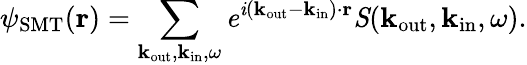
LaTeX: \psi_{\mathrm{SMT}}(\mathbf r)=\sum_{\mathbf k_{\mathrm{out}},\mathbf k_{\mathrm{in}},\omega}\mathit e^{\mathit i(\mathbf k_{\mathrm{out}}-\mathbf k_{\mathrm{in}})\cdot{\mathbf r}}\mathit S(\mathbf k_{\mathrm{out}},\mathbf k_{\mathrm{in}},\omega).